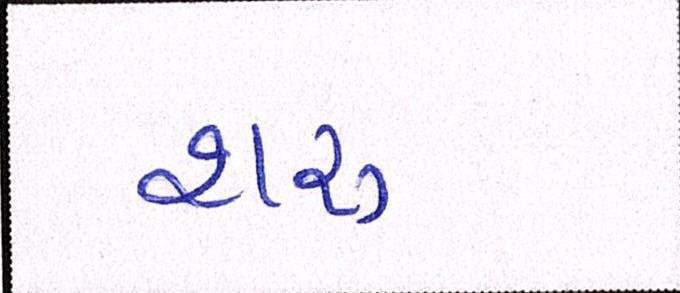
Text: શરુ